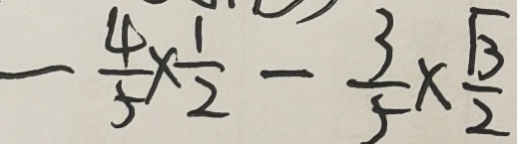
- \frac { 4 } { 5 } \times \frac { 1 } { 2 } - \frac { 3 } { 5 } \times \frac { \sqrt { 3 } } { 2 }